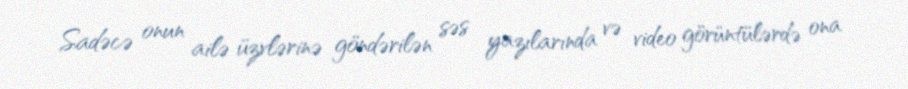
Sadəcə onun ailə üzvlərinə göndərilən səs yazılarında və video görüntülərdə ona